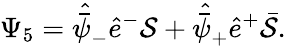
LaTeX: \Psi_{5}=\skew 5\hat{\bar{\psi}}_{-}\hat{e}^{-}{\cal S}+\skew 5\hat{\bar{\psi}}_{+}\hat{e}^{+}\bar{\cal S}.